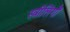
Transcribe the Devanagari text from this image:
स्त्रीलिंगों